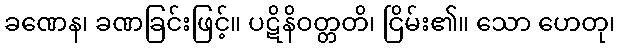
ခဏေန၊ ခဏခြင်းဖြင့်။ ပဋိနိဝတ္တတိ၊ ငြိမ်း၏။ သော ဟေတု၊